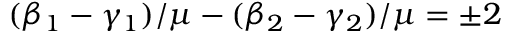
( \beta _ { 1 } - \gamma _ { 1 } ) / \mu - ( \beta _ { 2 } - \gamma _ { 2 } ) / \mu = \pm 2